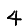
Digit: 4